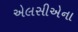
એલસીએના